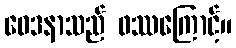
ဝေဒနာသည် ဖဿကြောင့်။